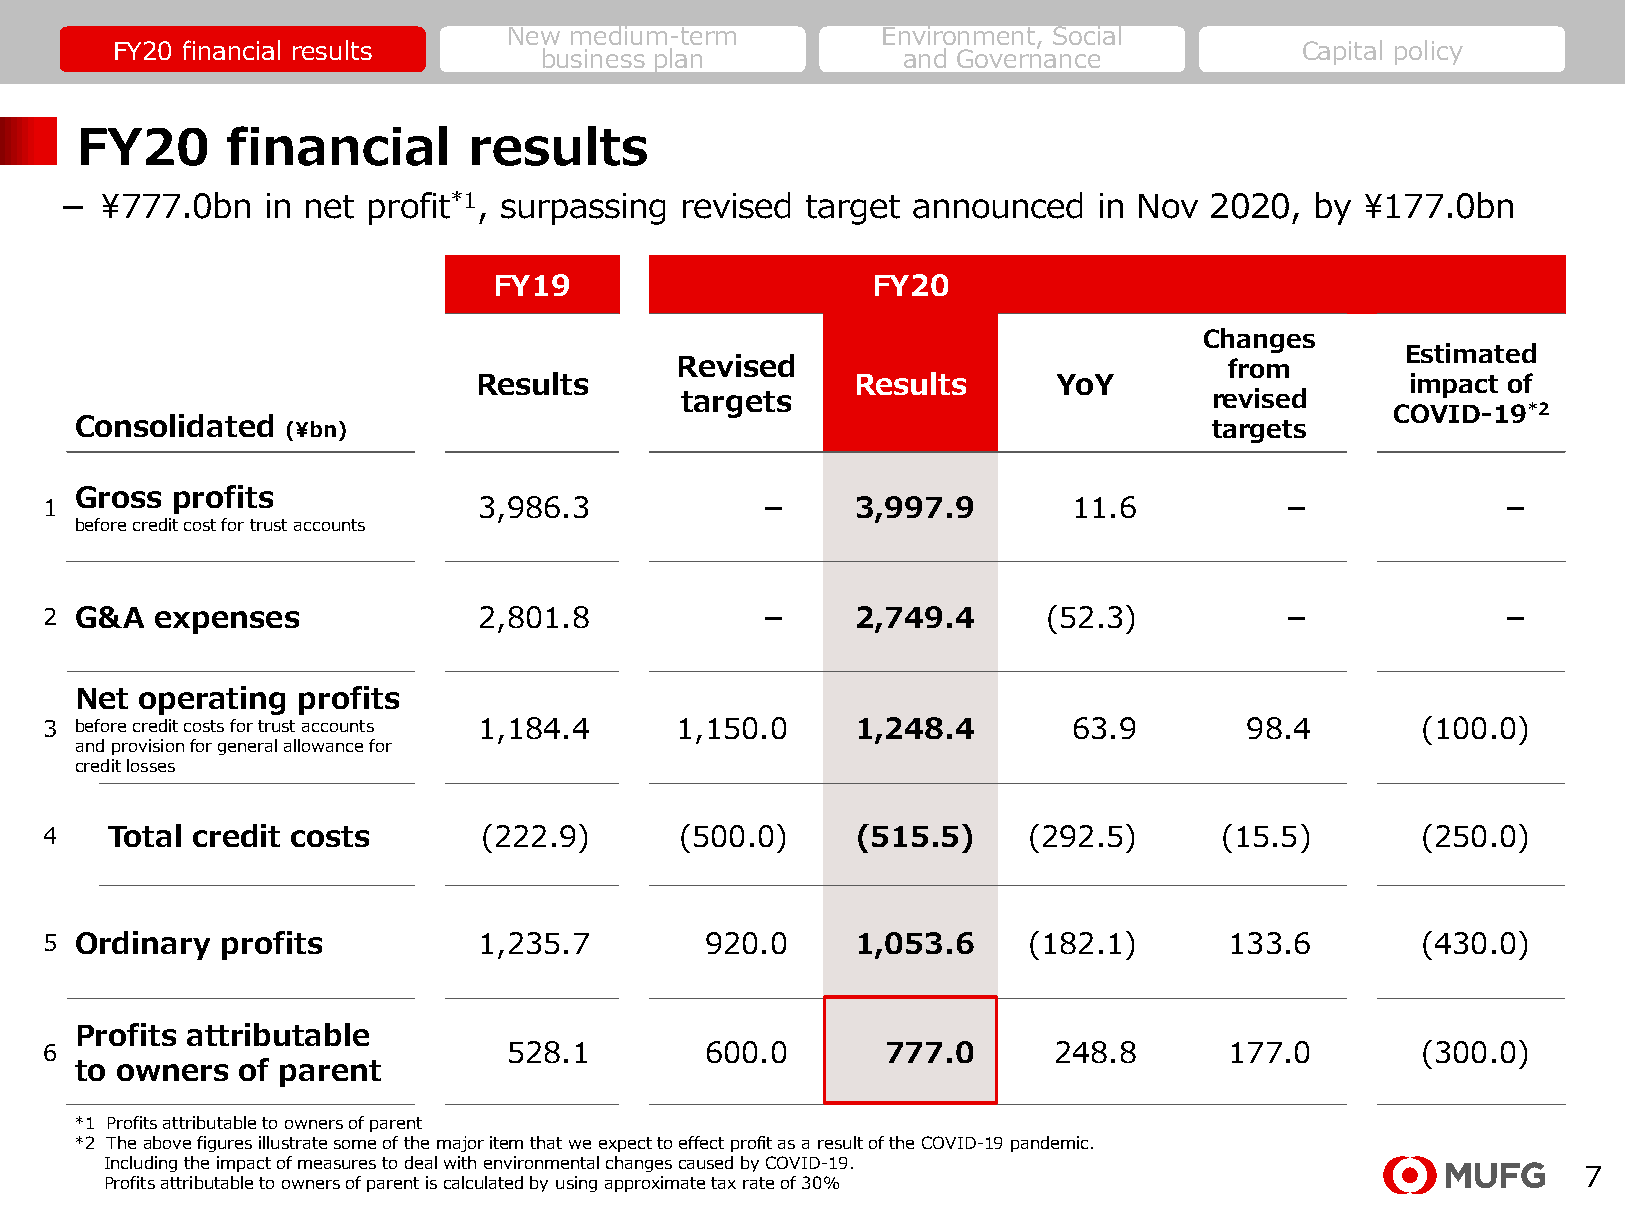
New medium-term         Environment, Social
 FY20 financial results                                                         Capital policy
 business plan           and Governance
 FY20      financial       results
 －  ¥777.0bn   in net profit*1, surpassing revised target announced   in Nov 2020,  by ¥177.0bn
 FY19                     FY20
 Changes
 Estimated
 Revised                             from
 Results                   Results      YoY                    impact of
 targets                            revised
 COVID-19*2
 Consolidated  (¥bn)                                                        targets
 Gross profits
 1                            3,986.3           －      3,997.9       11.6          －             －
 before credit cost for trust accounts
 2 G&A  expenses              2,801.8           －      2,749.4     (52.3)          －             －
 Net operating  profits
 3 before credit costs for trust accounts 1,184.4 1,150.0 1,248.4    63.9        98.4       (100.0)
 and provision for general allowance for
 credit losses
 4   Total credit costs       (222.9)      (500.0)     (515.5)    (292.5)      (15.5)       (250.0)
 5 Ordinary  profits          1,235.7        920.0     1,053.6    (182.1)      133.6        (430.0)
 Profits attributable
 6                              528.1        600.0       777.0      248.8      177.0        (300.0)
 to owners  of parent
 *1 Profits attributable to owners of parent
 *2 Theabove figures illustrate some of the major item that we expect to effect profit as a result of the COVID-19 pandemic.
 Including the impact of measures to deal with environmental changes caused by COVID-19.
 7
 Profits attributable to owners of parent is calculated by using approximate tax rate of 30%